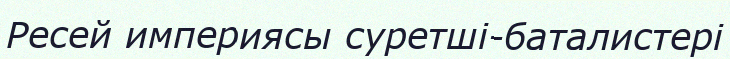
Ресей империясы суретші-баталистері